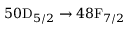
5 0 \mathrm { D } _ { 5 / 2 } \rightarrow 4 8 \mathrm { F } _ { 7 / 2 }